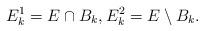
LaTeX: \begin{align*} E_k^1 = E\cap B_k, E_k^2=E\setminus B_k. \end{align*}